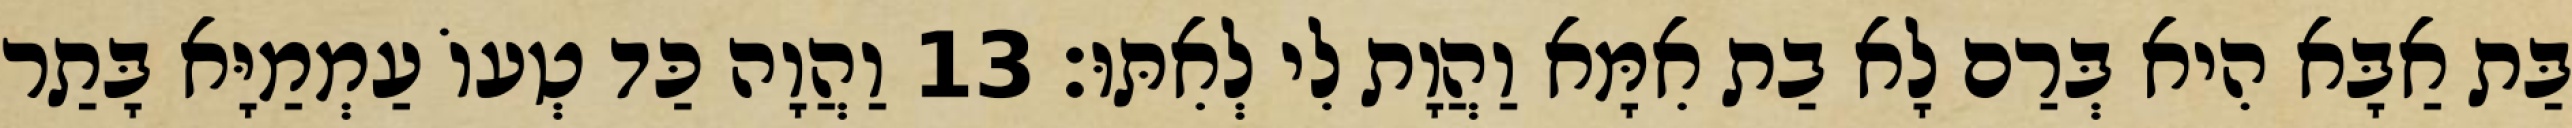
בַּת אַבָּא הִיא בְּרַם לָא בַת אִמָּא וַהֲוָת לִי לְאִתּוּ׃ 13 וַהֲוָה כַּד טְעוֹ עַמְמַיָּא בָּתַר